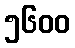
၅၆၀၀